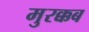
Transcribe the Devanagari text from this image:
मुरक्कब